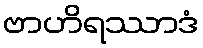
ဗာဟိရဿာဒံ